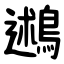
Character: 鶐